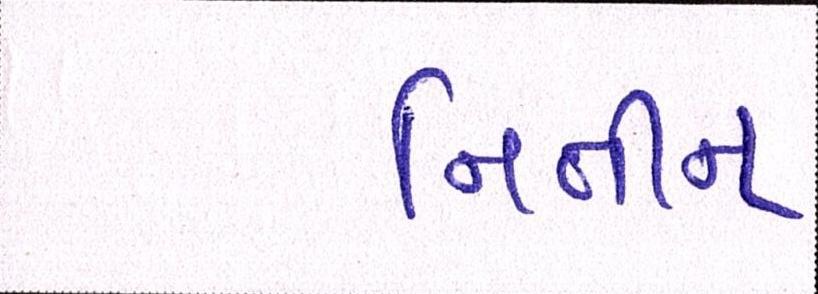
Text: નિતીન